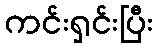
ကင်းရှင်းပြီး